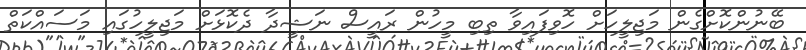
ބޭނުންކޮށްގެން މަޖިލީހަށް ހޮވިފައިވާ ތިބި މީހުން ރައީސް ނަޝީދާ ދެކޮޅަށް މަޖިލީހުގައި މަސައްކަތް